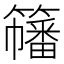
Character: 𥶋